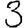
Digit: 3